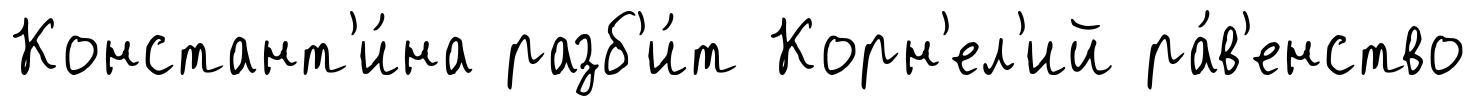
Констант'и́на разб'и́т Корн'ел'ий ра́в'енство